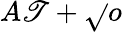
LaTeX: A\mathscr{T}+\sqrt{}{{o}}